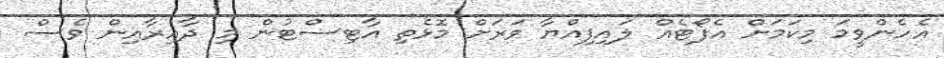
އެހެންވީމަ މިކަމަށް އެފޯޓެއް ލައިފިއްޔާ ވަރަށް މޮޅެތި އާޓިސްޓުން މި ދާއިރާއިން ވެސް